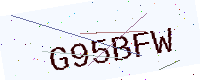
Text: G95BFW